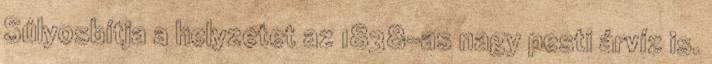
Súlyosbítja a helyzetet az 1838-as nagy pesti árvíz is.